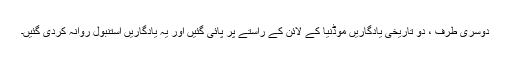
دوسری طرف ، دو تاریخی یادگاریں موڈنیا کے لائن کے راستے پر پائی گئیں اور یہ یادگاریں استنبول روانہ کردی گئیں۔